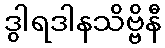
ဒွါရဒါနသိဗ္ဗိနီ